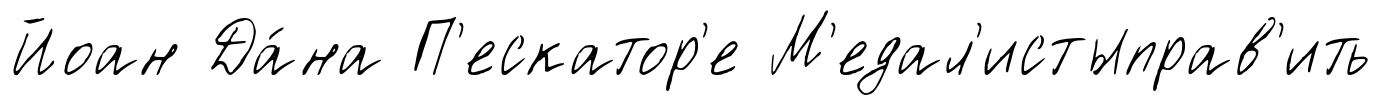
Йоан Да́на П'ескатор'е М'едал'истыправ'ить